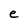
Character: e